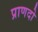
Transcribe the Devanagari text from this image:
प्राणदो